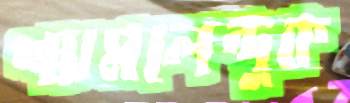
শ্যামলেন্দুক